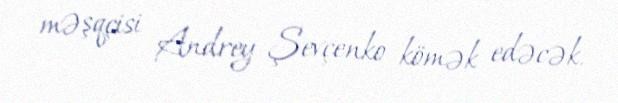
məşqçisi Andrey Şevçenko kömək edəcək.